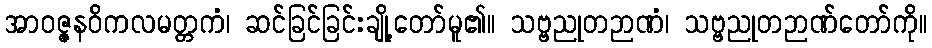
အာဝဇ္ဇနဝိကလမတ္တကံ၊ ဆင်ခြင်ခြင်းချို့တော်မူ၏။ သဗ္ဗညုတဉာဏံ၊ သဗ္ဗညုတဉာဏ်တော်ကို။